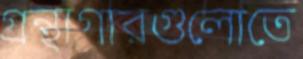
গ্রন্থাগারগুলোতে